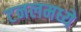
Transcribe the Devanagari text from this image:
टनलमध्ये